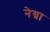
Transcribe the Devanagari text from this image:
नेग्रा